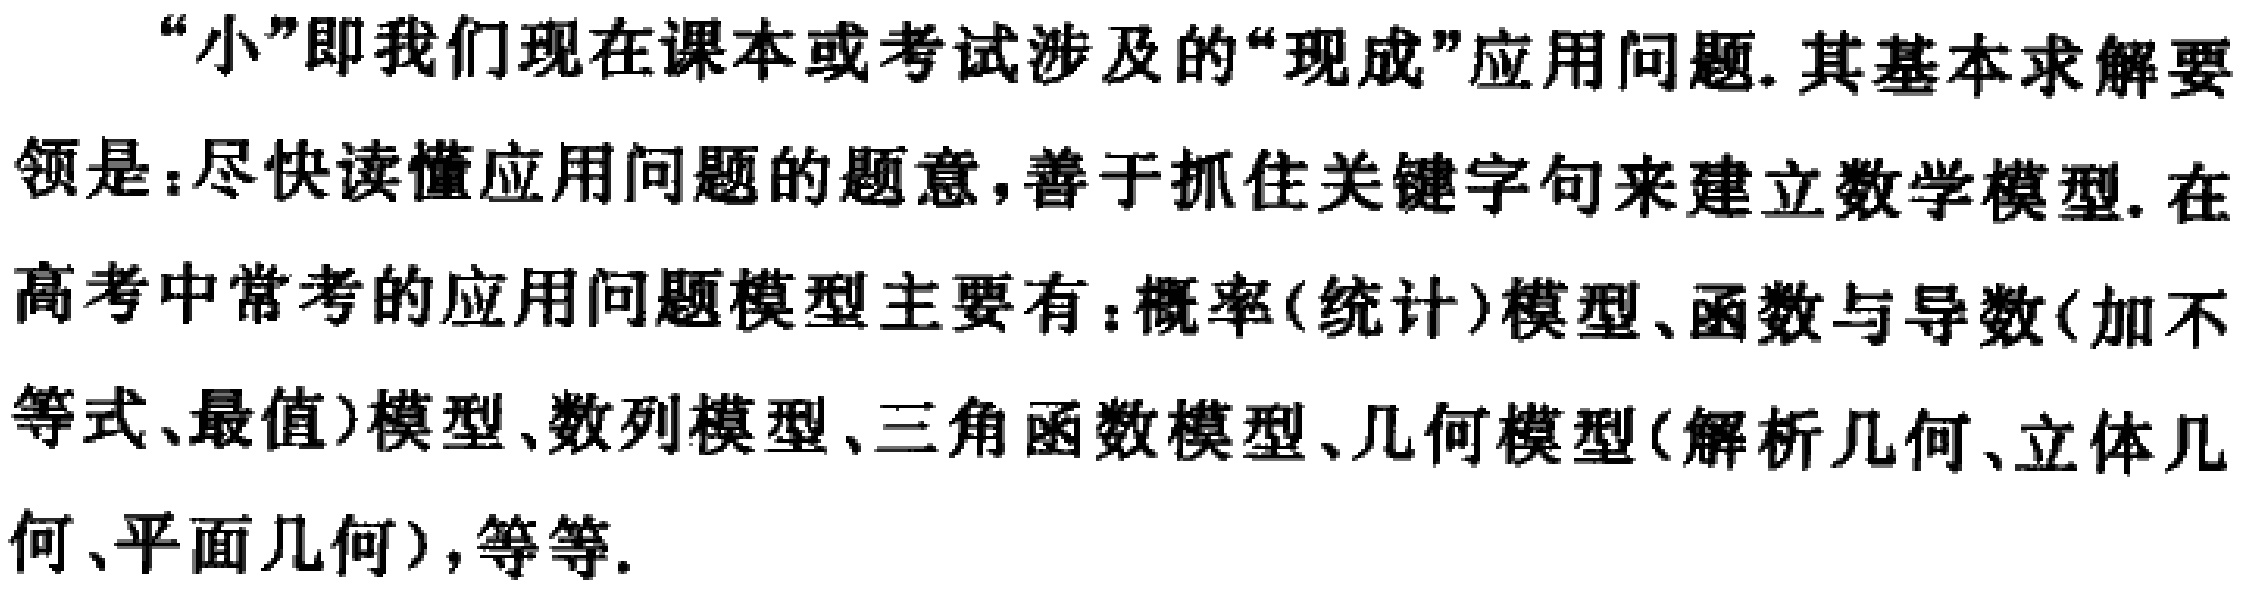
“小”即我们现在课本或考试涉及的“现成”应用问题. 其基本求解要领是：尽快读懂应用问题的题意，善于抓住关键字句来建立数学模型. 在高考中常考的应用问题模型主要有：概率(统计)模型、函数与导数(加不等式、最值)模型、数列模型、三角函数模型、几何模型(解析几何、立体几何、平面几何)，等等.